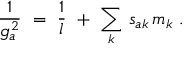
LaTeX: \frac { 1 } { g _ { a } ^ { 2 } } \ = \ \frac { 1 } { l } \ + \ \sum _ { k } \, s _ { a k } \, m _ { k } \ .